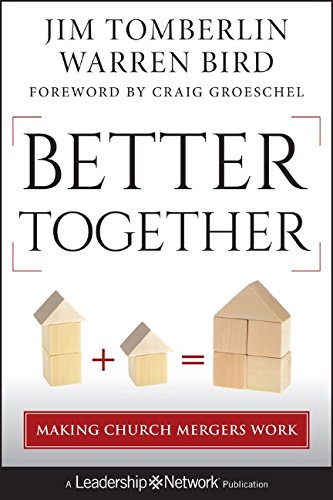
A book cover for Better Together: Making Church Mergers Work; Jim Tomberlin; Christian Books & Bibles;